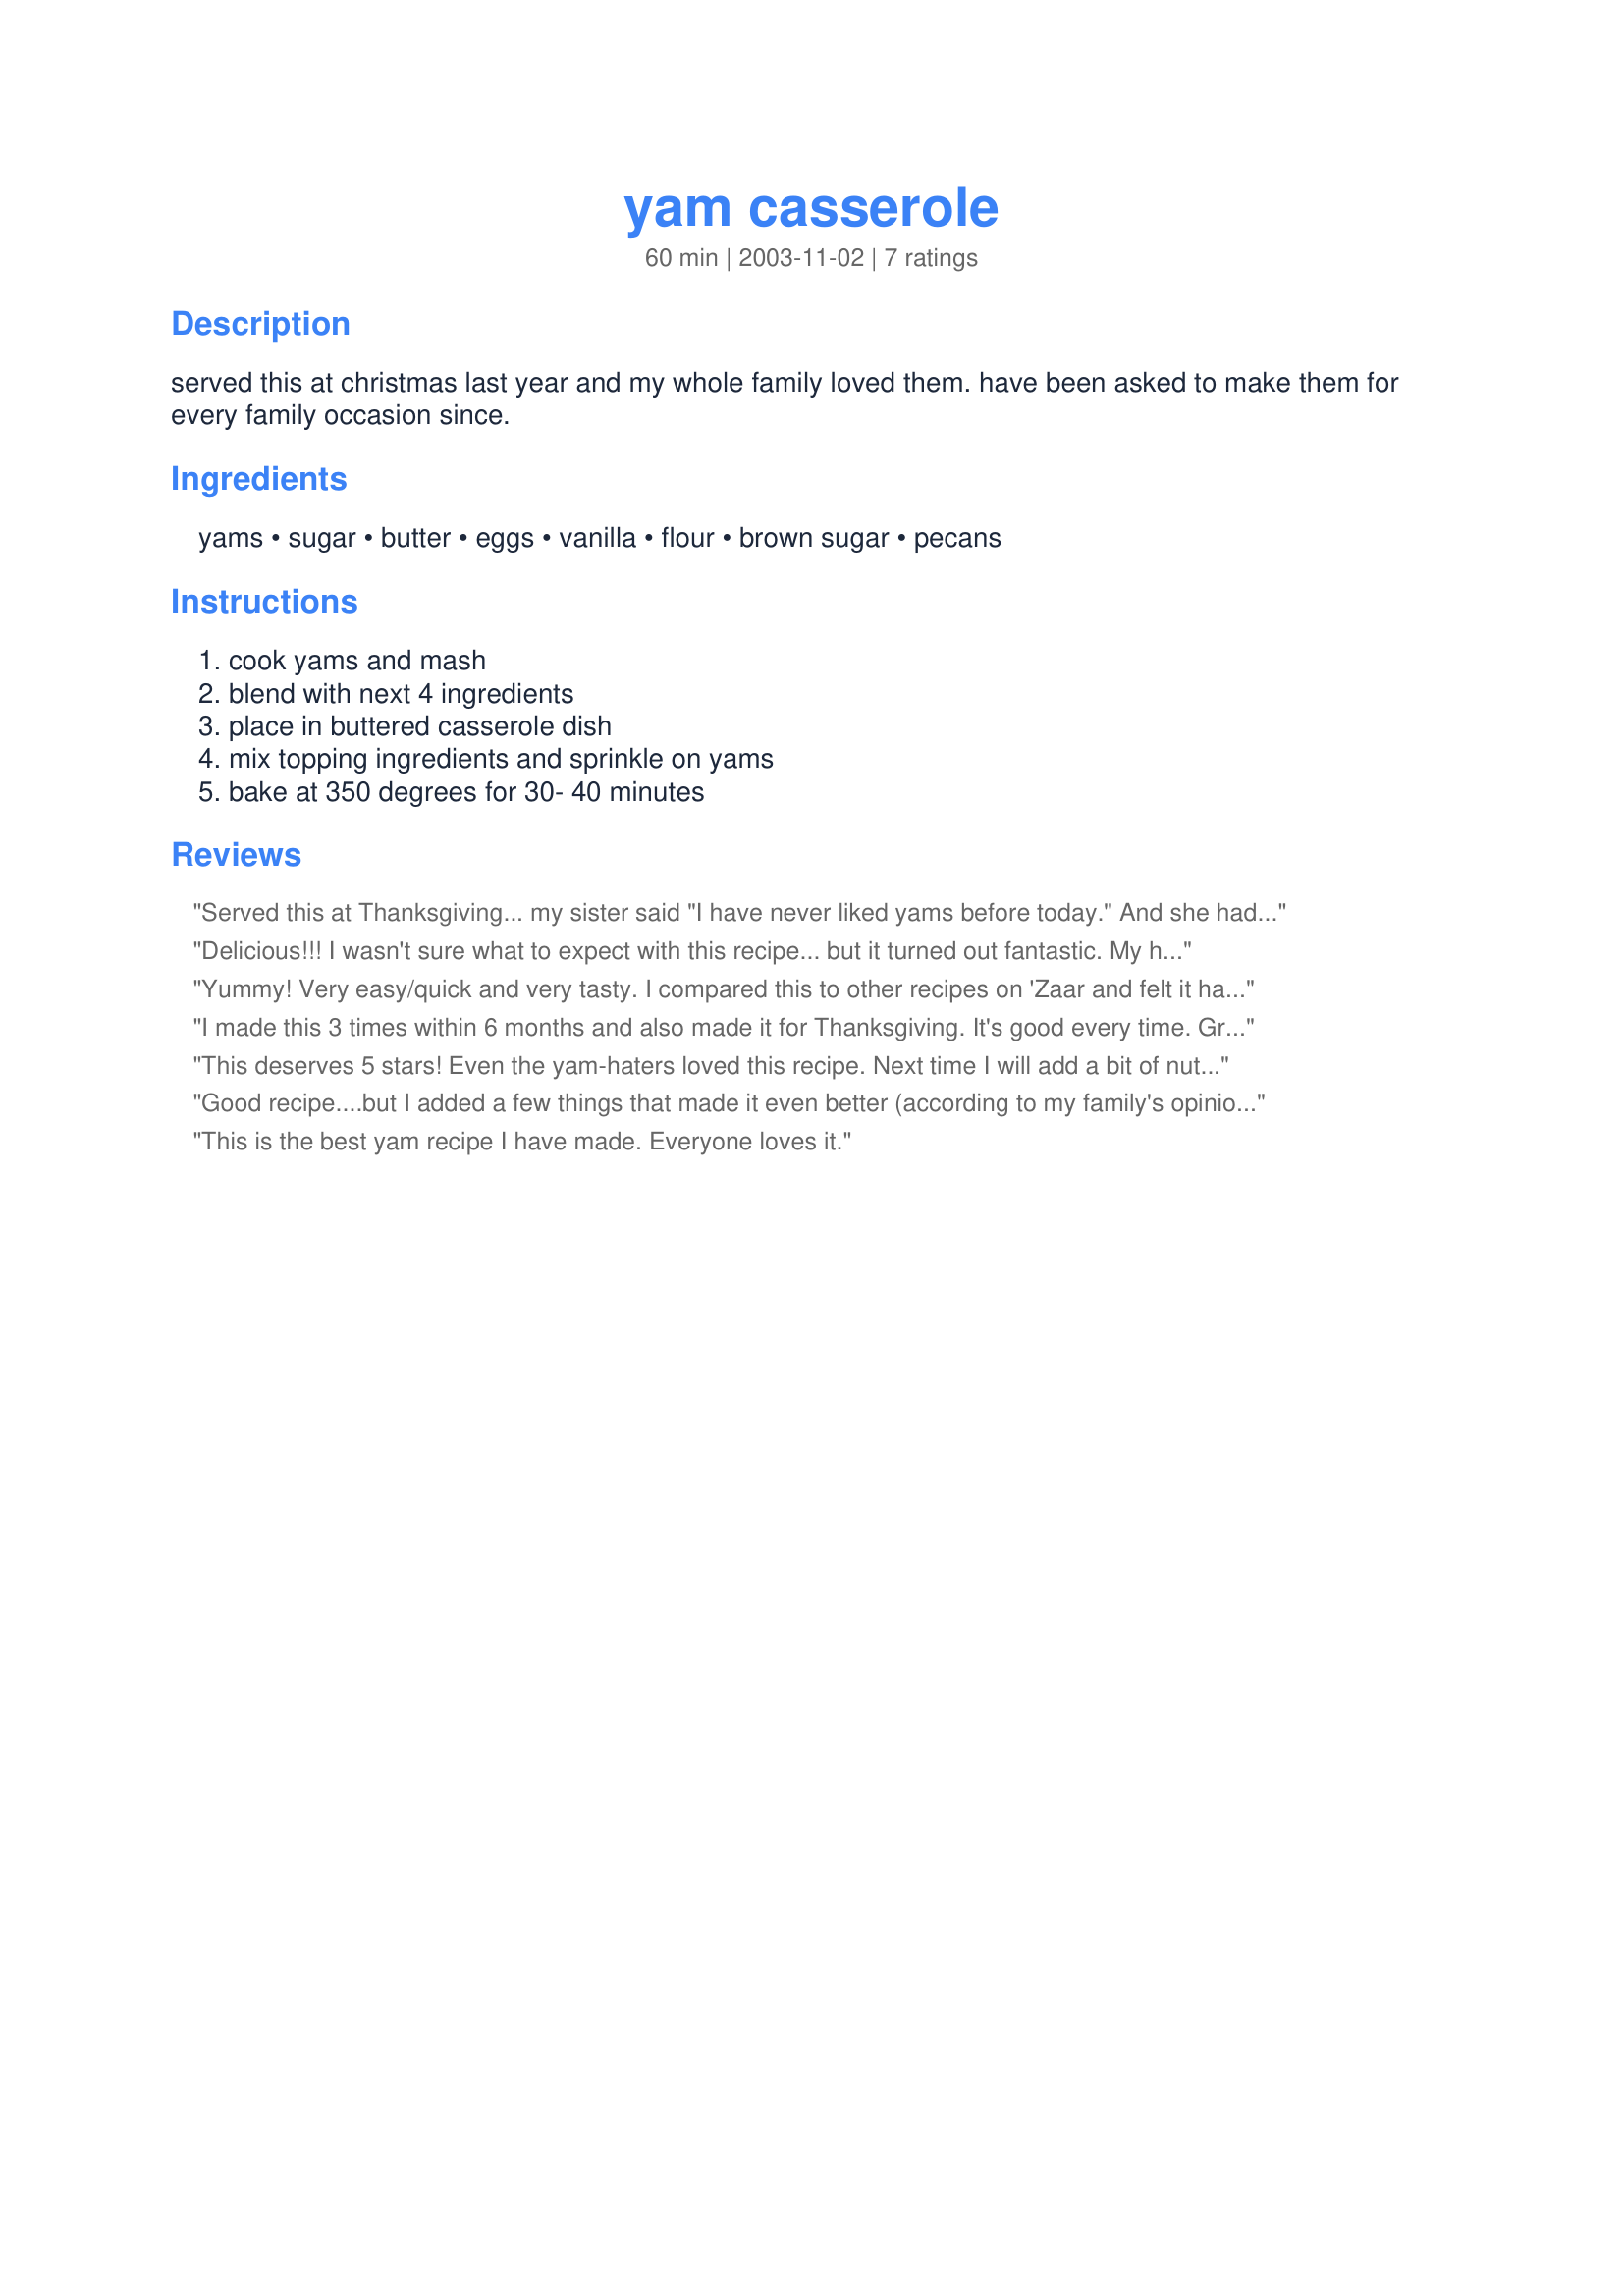
yam casserole
Preparation time: 60 minutes

served this at christmas last year and my whole family loved them. have been asked to make them for every family occasion since.

Ingredients:
yams, sugar, butter, eggs, vanilla, flour, brown sugar, pecans

Steps:
cook yams and mash, blend with next 4 ingredients, place in buttered casserole dish, mix topping ingredients and sprinkle on yams, bake at 350 degrees for 30- 40 minutes

Reviews:
Served this at Thanksgiving... my sister said "I have never liked yams before today." And she had seconds! Yum, and super easy! I followed the recipe exactly.
Delicious!!!
I wasn't sure what to expect with this recipe... but it turned out fantastic. My husband and son just gobbled this up.
I replaced sugar with splenda, other than that, I wouldn't change anything!
Yummy! Very easy/quick and very tasty. I compared this to other recipes on 'Zaar and felt it had enough sugar. The Vanilla and pecans add a great dimension to the taste and the texture was phenomenal. Served it with a tuna mousse, spinach, tossed salad and whole wheat rolls. Thank you Rose for clear instructions and for a great side dish that we will definitely make again!
I made this 3 times within 6 months and also made it for Thanksgiving. It's good every time. Great recipe. Thank you!
This deserves 5 stars! Even the yam-haters loved this recipe. Next time I will add a bit of nutmeg. This is a Thanksgiving regular now.
Good recipe....but I added a few things that made it even better (according to my family's opinion that is). For the the regular sugar, I replaced with dark brown sugar. I added cinnamon, cloves, ginger and raisins. I have made it with pecans and with walnuts and they are both very tasty in this recipe. Yummmmmy....my family loves it!
This is the best yam recipe I have made. Everyone loves it.
